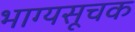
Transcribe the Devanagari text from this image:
भाग्यसूचक